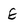
Character: E